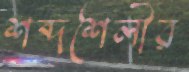
শব্দশৈলীর